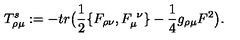
T _ { \rho \mu } ^ { s } : = - t r \big ( { \frac { 1 } { 2 } } \{ F _ { \rho \nu } , F _ { \mu } ^ { \ \nu } \} - { \frac { 1 } { 4 } } g _ { \rho \mu } F ^ { 2 } \big ) .